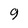
Character: 9